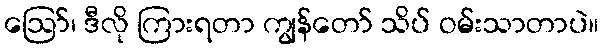
ဪ၊ ဒီလို ကြားရတာ ကျွန်တော် သိပ် ဝမ်းသာတာပဲ။